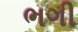
ભગી